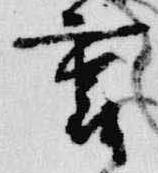
裏